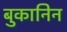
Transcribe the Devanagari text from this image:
बुकानिन